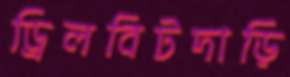
ড্রিলবিটদাড়ি